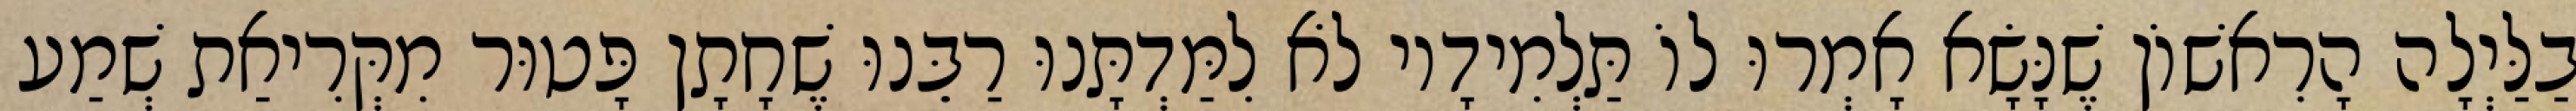
בַלַּיְלָה הָרִאשׁוֹן שֶׁנָּשָׂא אָמְרוּ לוֹ תַּלְמִידָיו לֹא לִמַּדְתָּנוּ רַבֵּנוּ שֶׁחָתָן פָּטוּר מִקְּרִיאַת שְׁמַע